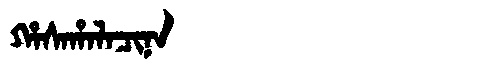
Manchu: ᡥᠠᠰᠠᡥᠠᠯᠠᠴᡳᠨᠠ
Romanization: HASAHALACINA